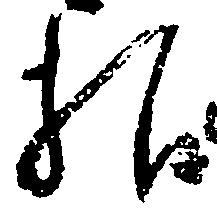
様